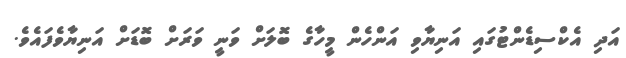
އަދި އެކްސިޑެންޓުގައި އަނިޔާވި އަންހެން މީހާގެ ބޮލަށް ވަނީ ވަރަށް ބޮޑަށް އަނިޔާވެފައެވެ.